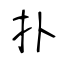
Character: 扑